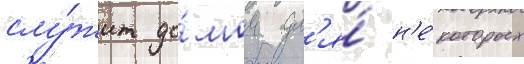
слу́жит до́мом дл'я́ н'е́которых